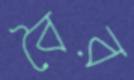
বৈর